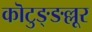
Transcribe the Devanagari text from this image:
कॊटुङ्ङल्लूर